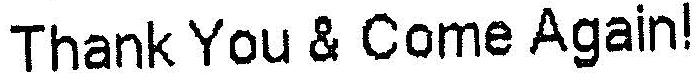
THANK YOU & COME AGAIN!